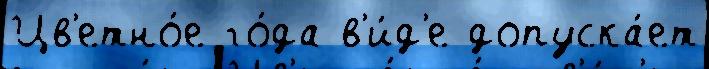
Цв'етно́е го́да в'и́д'е допуска́ет